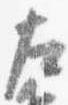
左